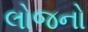
લોજનો